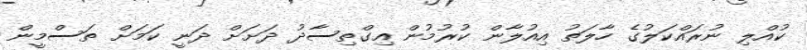
ކުއްލި ނުރައްކަލުގެ ހާލަތު އިއުލާން ކުރުމުން އިގްތިސާދު ދަށަށް ދަނީ ކަމަށް ތަސްމީން